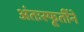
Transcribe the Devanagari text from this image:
अंतःस्फूर्तीने